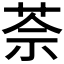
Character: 𦯬